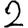
Digit: 2